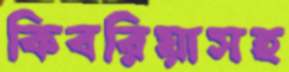
কিবরিয়াসহ